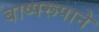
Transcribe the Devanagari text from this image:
बाष्परूपाने